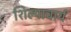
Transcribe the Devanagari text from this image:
शिल्पाचार्य